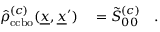
\begin{array} { r l } { \hat { \rho } _ { \mathrm { c c b o } } ^ { ( c ) } ( \underline { { x } } , \underline { { x } } ^ { \prime } ) } & { { } = \tilde { S } _ { 0 0 } ^ { ( c ) } \quad . } \end{array}